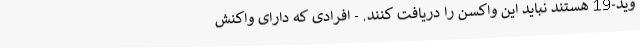
وید-19 هستند نباید این واکسن را دریافت کنند. - افرادی که دارای واکنش